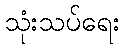
သုံးသပ်ရေး